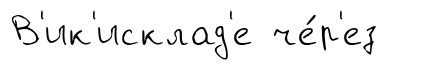
В'ик'исклад'е че́р'ез